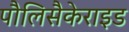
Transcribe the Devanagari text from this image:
पौलिसैकेराइड